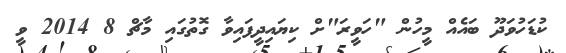
ކުޑަހުވަދޫ ބައެއް މީހުން "ހަވީރަ"ށް ކިޔައިދީފައިވާ ގޮތުގައި މާޗް 8 2014 ވީ